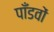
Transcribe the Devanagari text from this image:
पाँडवों